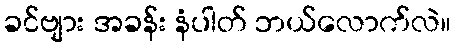
ခင်ဗျား အခန်း နံပါတ် ဘယ်လောက်လဲ။